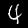
Digit: 4